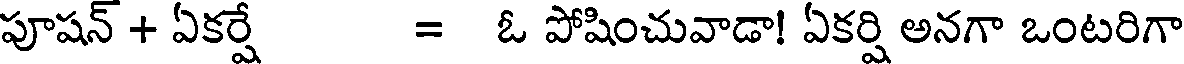
పూషన్ + ఏకర్షే = ఓ పోషించువాడా! ఏకర్షి అనగా ఒంటరిగా